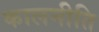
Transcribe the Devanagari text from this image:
कालनीति